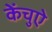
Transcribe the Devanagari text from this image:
केंचुऐ